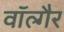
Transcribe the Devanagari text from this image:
वॉल्गैर